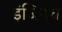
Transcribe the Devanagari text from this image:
इंजिनच